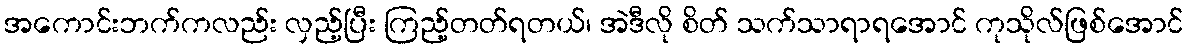
အကောင်းဘက်ကလည်း လှည့်ပြီး ကြည့်တတ်ရတယ်၊ အဲဒီလို စိတ် သက်သာရာရအောင် ကုသိုလ်ဖြစ်အောင်